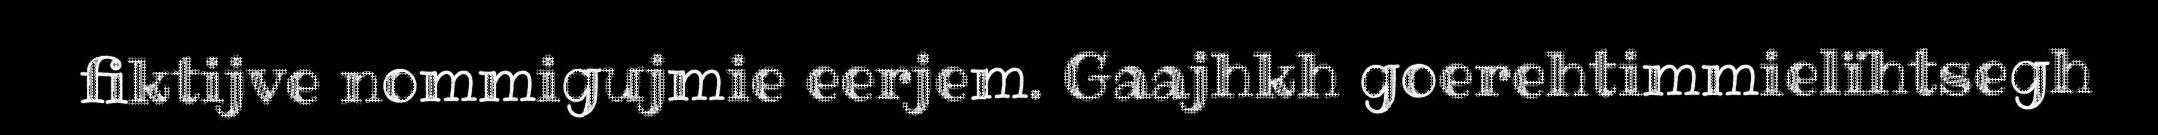
fiktijve nommigujmie eerjem. Gaajhkh goerehtimmielïhtsegh